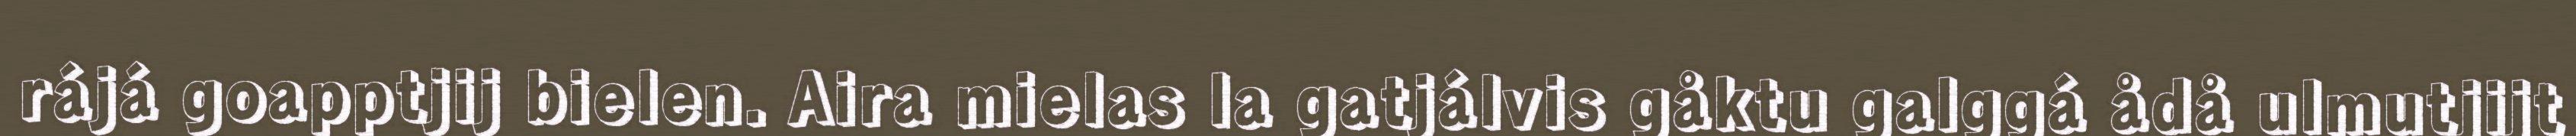
rájá goapptjij bielen. Aira mielas la gatjálvis gåktu galggá ådå ulmutjijt